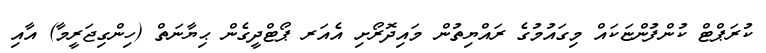
ކުރަޕްޓް ކުންފުންޏަކައް މިގައުމުގެ ރައްޔިތުން މައިދޮރޯށި އެއަރ ޕޯޓްދީގެން ޙިޔާނަތް (ހިންގިޖަރީމާ) އާއި